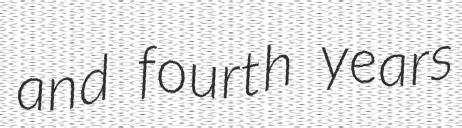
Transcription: and fourth years